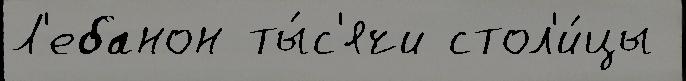
Л'ебанон ты́с'ячи стол'и́цы